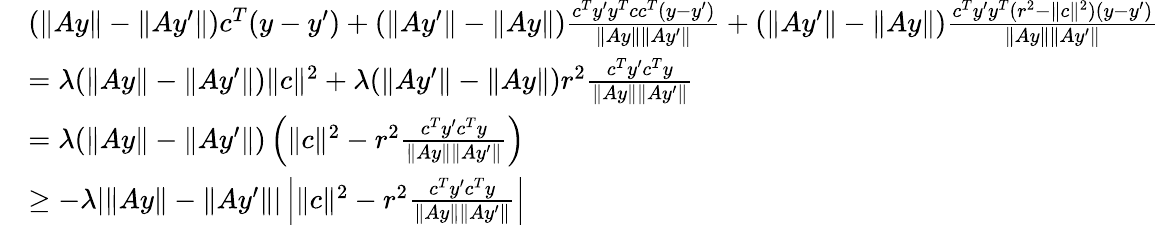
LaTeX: \begin{array}{rl}&{(\| Ay\| -\| Ay^{\prime}\| )c^{T}(y-y^{\prime})+(\| Ay^{\prime}\| -\| Ay\| )\frac{c^{T}y^{\prime}y^{T}cc^{T}(y-y^{\prime})}{\| Ay\| \| Ay^{\prime}\| }+(\| Ay^{\prime}\| -\| Ay\| )\frac{c^{T}y^{\prime}y^{T}(r^{2}-\| c\| ^{2})(y-y^{\prime})}{\| Ay\| \| Ay^{\prime}\| }}\\ &{=\lambda(\| Ay\| -\| Ay^{\prime}\| )\| c\| ^{2}+\lambda(\| Ay^{\prime}\| -\| Ay\| )r^{2}\frac{c^{T}y^{\prime}c^{T}y}{\| Ay\| \| Ay^{\prime}\| }}\\ &{=\lambda(\| Ay\| -\| Ay^{\prime}\| )\left(\| c\| ^{2}-r^{2}\frac{c^{T}y^{\prime}c^{T}y}{\| Ay\| \| Ay^{\prime}\| }\right)}\\ &{\geq-\lambda|\| Ay\| -\| Ay^{\prime}\| |\left|\| c\| ^{2}-r^{2}\frac{c^{T}y^{\prime}c^{T}y}{\| Ay\| \| Ay^{\prime}\| }\right|}\end{array}